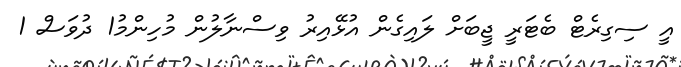
އީ ސިގިރެޓް ބެޓަރީ ޖީބަށް ލައިގެން އުޅޭއިރު ވިސްނާލުން މުހިންމު1 ދުވަސް 1